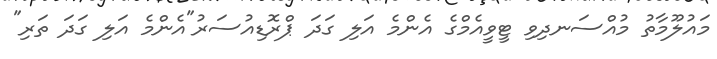
މައުލޫމާތު މުއްސަނދިވި ޓީވީއެމްގެ އެންމެ އަލި ގަދަ ޕްރޮޑިއުސަރު"އެންމެ އަލި ގަދަ ތަރި"